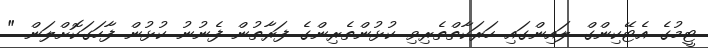
ޓީމުގެ އެޓޭކިންގް ލައިންގައި ހަރަކާތްތެރިވި ކުޅުންތެރިންގެ ފަރާތުން ފެނުނު ކުޅުން ފާހަގަކޮށްލަން "